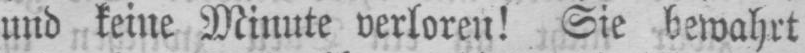
und keine Minute verloren! Sie bewahrt